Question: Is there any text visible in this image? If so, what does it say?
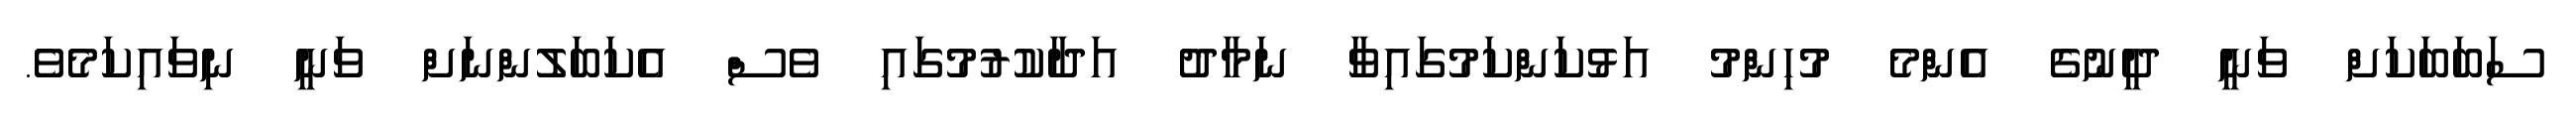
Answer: ސަބަބަކަށް ވަނީ ދީނުގެ އެންމެ މުހިންމު އަޅުކަންކަމުގައިވާ ނަމާދު އަދާކުރުމުގައި ވެސް އެކަބަލުންނަށް ވަނީ ނިވައިކަމެވެ.